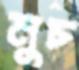
মুচ